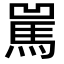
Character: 𩡿